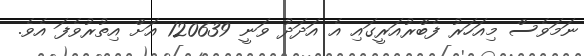
ނަމަވެސް މިއަހަރު ފެބްރުއަރީގައި އެ އަދަދު ވަނީ 120639 އަށް އިތުރުވެފަ އެވެ.